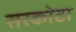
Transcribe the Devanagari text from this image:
सरकोटा